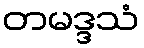
တမဒ္ဒသံ